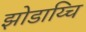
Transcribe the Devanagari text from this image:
झोडाय्चि